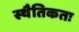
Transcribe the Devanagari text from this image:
स्थैतिकतः